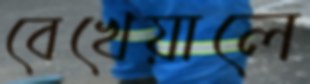
বেখেয়ালে